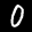
Label: 0